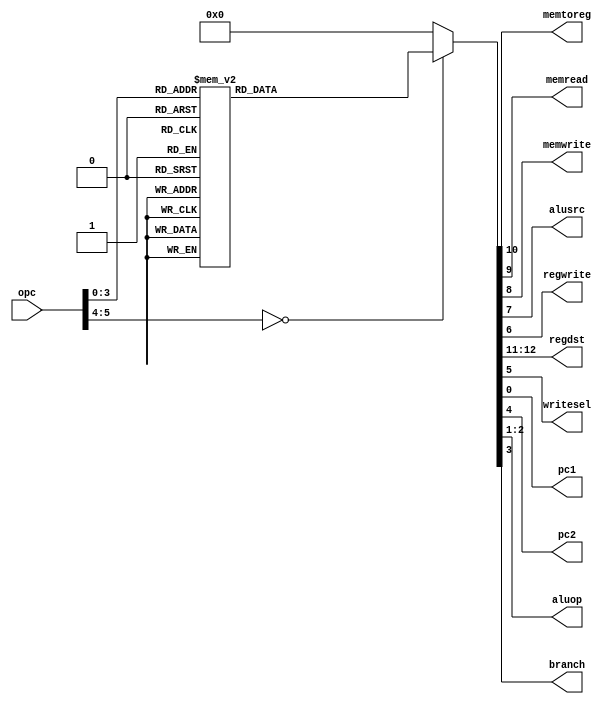
module SC(opc,memtoreg,memread,memwrite,alusrc,regwrite,regdst,writesel,pc1,pc2,aluop,branch);
	input [5:0]opc;
	output reg memtoreg,memread,memwrite,alusrc,regwrite,writesel,pc1,pc2,branch;
	output reg [1:0]regdst,aluop;
	always @(opc) begin
		{aluop,memtoreg,memread,memwrite,alusrc,regwrite,regdst,writesel,pc1,pc2,branch}=13'd0;
		case(opc)
			6'b000000: // R-Type
			 begin aluop=2'b10;{memtoreg,memread,memwrite,alusrc,regwrite,writesel,pc2,branch}=8'b00001100;regdst=2'b10; end
			6'b000001: //addi
			 begin aluop=2'b01;{memtoreg,memread,memwrite,alusrc,regwrite,writesel,pc2,branch}=8'b00011100;regdst=2'b00; end
			6'b000010: //slti
			 begin aluop=2'b11;{memtoreg,memread,memwrite,alusrc,regwrite,writesel,pc2,branch}=8'b00011100;regdst=2'b00; end
			6'b000011: //lw
			 begin aluop=2'b01;{memtoreg,memread,memwrite,alusrc,regwrite,writesel,pc2,branch}=8'b11011100;regdst=2'b00; end
			6'b000100: //sw
			 begin aluop=2'b01;{memread,memwrite,alusrc,pc2,branch}=5'b01100; end
			6'b000101: //beq
			 begin aluop=2'b00;{alusrc,pc2,branch}=3'b001; end
			6'b000110: //j
			 begin {pc1,pc2,branch}=3'b010; end
			6'b000111: //jr
			 begin {pc1,pc2,branch}=3'b110; end
			6'b001000: //jal
			 begin regdst=2'b01; {regwrite,writesel,pc1,pc2,branch}=5'b10010; end
			default: {aluop,memtoreg,memread,memwrite,alusrc,regwrite,regdst,writesel,pc1,pc2,branch}=13'd0;
		endcase
	end
endmodule